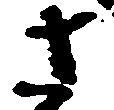
さ